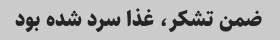
ضمن تشکر، غذا سرد شده بود